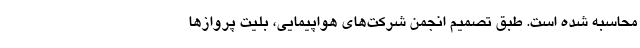
محاسبه شده است. طبق تصمیم انجمن شرکت‌های هواپیمایی، بلیت پرواز‌ها